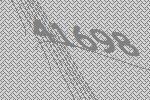
41698